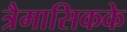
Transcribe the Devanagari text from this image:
त्रैमासिकके